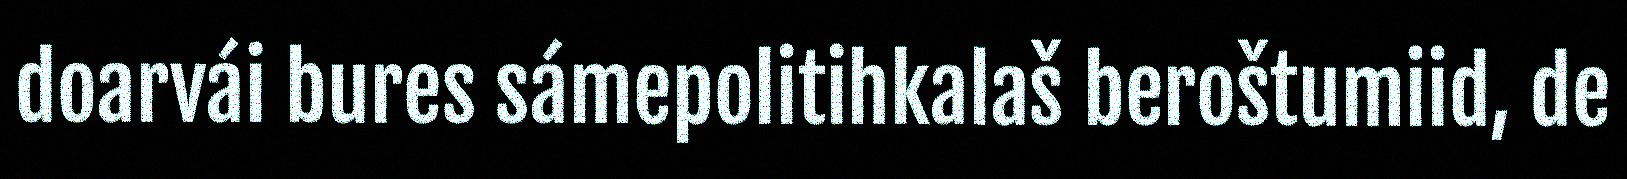
doarvái bures sámepolitihkalaš beroštumiid, de